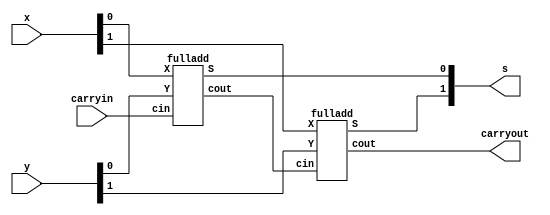
//---generate//
module adder2 (carryin,x,y,s,carryout);
    parameter n = 2;
    input carryin;
    input [n-1:0]x,y;
    output [n-1:0]s;
    output carryout;
    wire [n:0]c;
    genvar i;   //

    assign c[0] = carryin;
    assign carryout = c[n];

    generate
        for(i=0;i<n;i=i+1)
        begin:addbit
            fulladd stage(c[i],x[i],y[i],s[i],c[i+1]);
        end
    endgenerate
endmodule

module fulladd(cin,X,Y,S,cout);
    input cin,X,Y;
    output S,cout;
    assign S = X^Y^cin;
    assign cout = (X&Y) | (X&cin) | (Y&cin);
endmodule